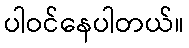
ပါဝင်နေပါတယ်။